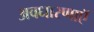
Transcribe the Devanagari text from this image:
अवधारणाएॅ